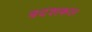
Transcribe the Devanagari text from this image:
बदशकल